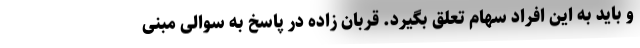
و باید به این افراد سهام تعلق بگیرد. قربان زاده در پاسخ به سوالی مبنی